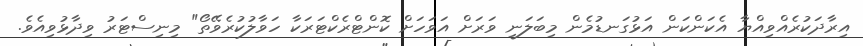
އިރާދަކުރެއްވިއްޔާ އެކަންކަން އަޅުގަނޑުމެން މިބަލަނީ ވަރަށް އަވަހަށް ކޮންޓްރެކްޓަރަކާ ހަވާލުކުރެވޭތޯ" މިނިސްޓަރު ވިދާޅުވިއެވެ.